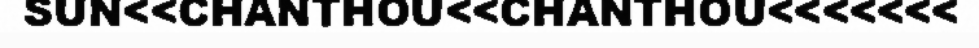
SUN<<CHANTHOU<<CHANTHOU<<<<<<<